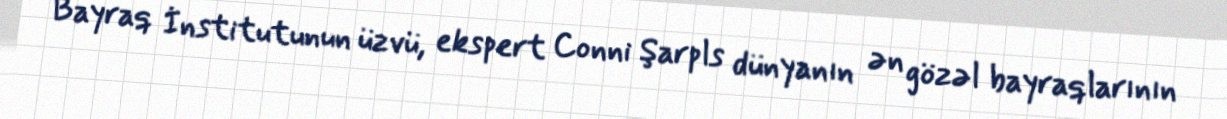
Bayraq İnstitutunun üzvü, ekspert Conni Şarpls dünyanın ən gözəl bayraqlarının